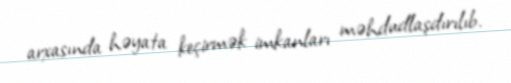
arxasında həyata keçirmək imkanları məhdudlaşdırılıb.